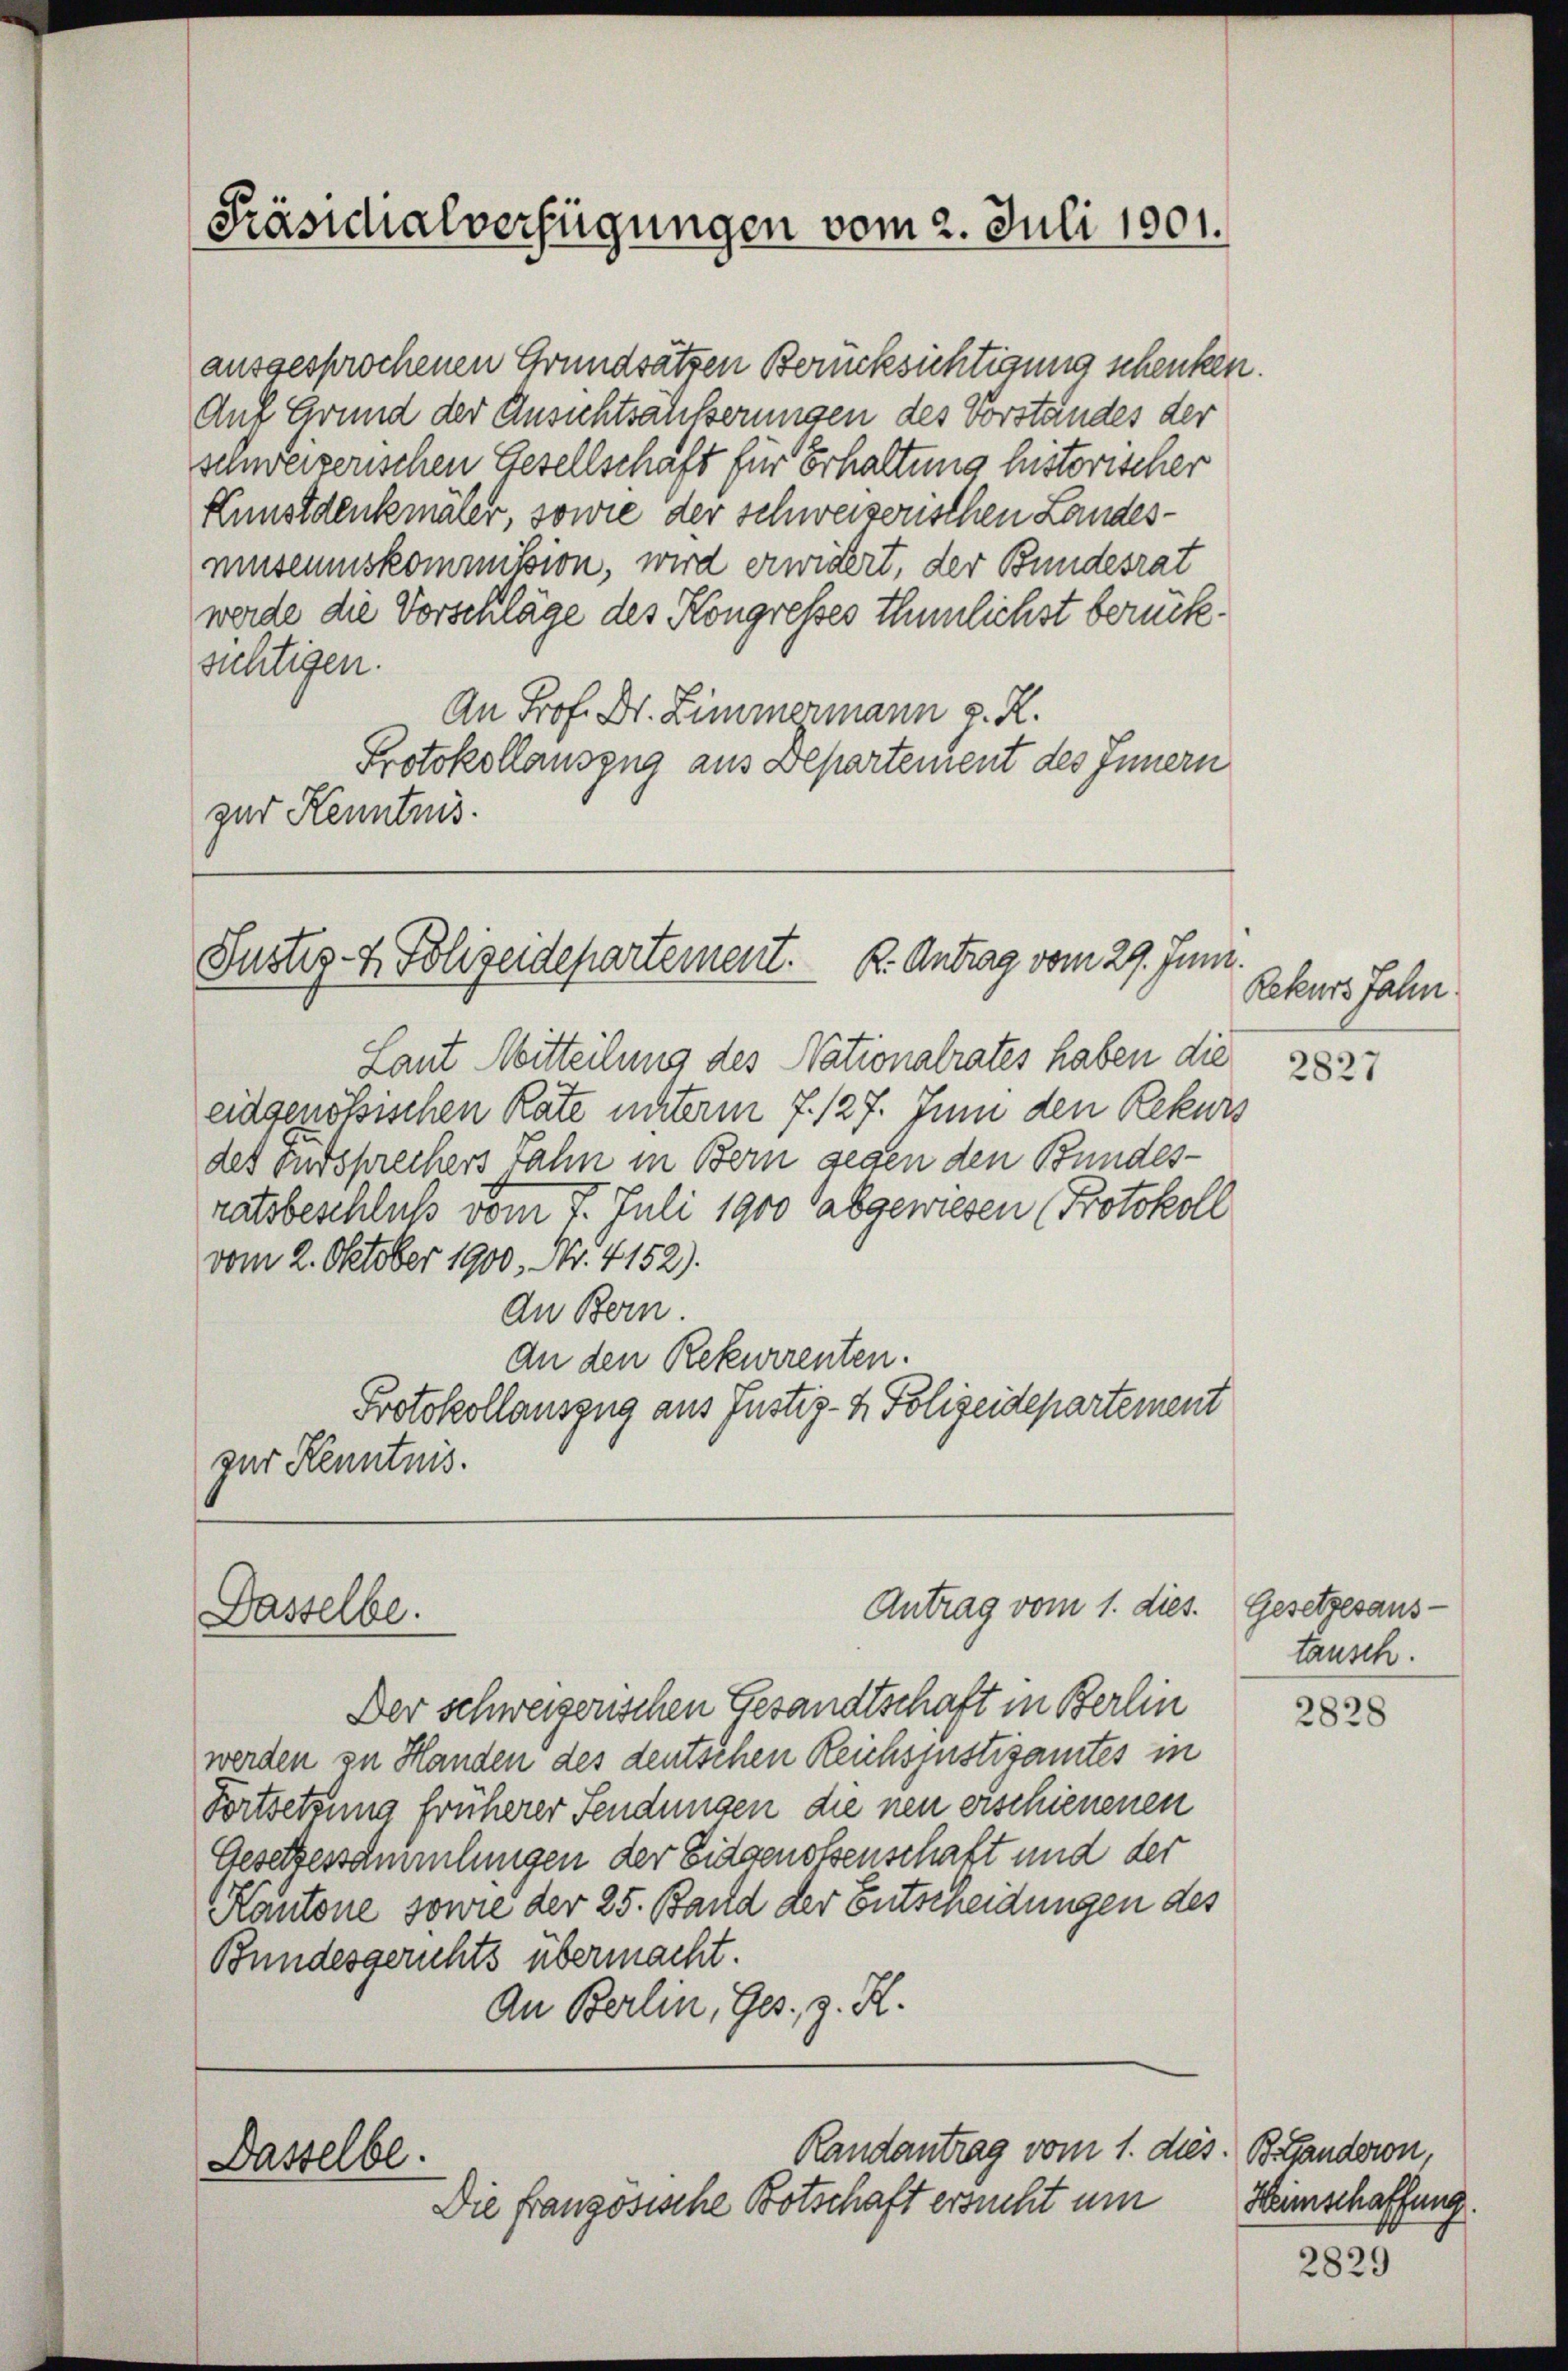
Präsichialverfügungen vom 2. Juli 1901.

ausgesprochenen Grundsätzen Berücksichtigung schenken.
Auf Grund der Ansichtsäusserungen des Vorstandes der
schweizerischen Gesellschaft für Erhaltung historischer
Kunstdenkmaler, sowie der schweizerischen Landesmuseumskommission, wird erwidert, der Bundesrat
werde die Vorschläge des Kongresses thunlichst berücksichtigen.
An Prof. Dr. Zimmermann z. R.
Protokollauszug aus Departement des Innern
zur Kenntnis.

Justiz- & Polizeidepartement. K. Antrag vom 29. Juni.

Dasselbe.

Laut Mitteilung des Nationalrates haben die
eidgenößischen Rate unterm 7. 127. Juni den Rekurs
des Fürsprechers Jahn in Bern gegen den Bundes-
ratsbeschluß vom 7. Juli 1900 abgewiesen (Protokoll
vom 2. Oktober 1900, Nr. 4152).
An Bern.
An den Rekurrenten.
Protokollauszug aus Justiz- & Polizeidepartement
zur Kenntnis.

Antrag vom 1. dies. Gesetzesaus¬

Randantrag vom 1. dies. B. Landern,
Dasselbe.
Die französische Botschaft ersucht um

Der schweizerischen Gesandtschaft in Berlin
werden zu Handen des deutschen Reichsjustizamtes in
Fortsetzung früherer Sendungen die neu erschienenen
Gesetzessammlungen der Eidgenossenschaft und der
Kantone sowie der 25. Band der Entscheidungen des
Bundesgerichts übermacht.
An Berlin, Ges. z. R.

Rekurs Jahn

2827

tausch.

2828

Heimschaffung.

2829